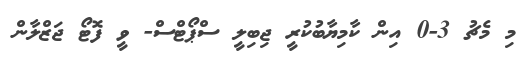
މި މެޗު 3-0 އިން ކާމިޔާބުކުރީ ޖިބިލީ ސްޕޯޓްސް- ވީ ފޮޓޯ ޖަޒްލާން